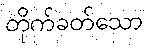
တိုက်ခတ်သော